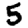
Digit: 5